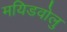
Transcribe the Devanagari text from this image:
मयिडवोलु